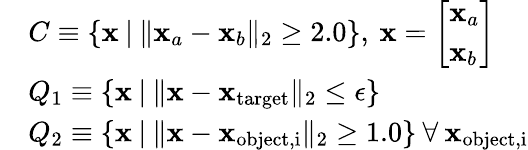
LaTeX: \begin{array}{rl}&{C\equiv\{ \mathbf x\: |\: \| \mathbf x_{a}-\mathbf x_{b}\| _{2}\geq 2.0\} ,\: \mathbf x=\left[\begin{array}{l}{\mathbf x_{a}}\\ {\mathbf x_{b}}\end{array}\right]}\\ &{Q_{1}\equiv\{ \mathbf x\: |\: \| \mathbf x-\mathbf x_{\mathrm{target}}\| _{2}\leq\epsilon\} }\\ &{Q_{2}\equiv\{ \mathbf x\: |\: \| \mathbf x-\mathbf x_{\mathrm{object,i}}\| _{2}\geq 1.0\} \: \forall\: \mathbf x_{\mathrm{object,i}}}\end{array}